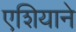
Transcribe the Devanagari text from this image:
एशियाने